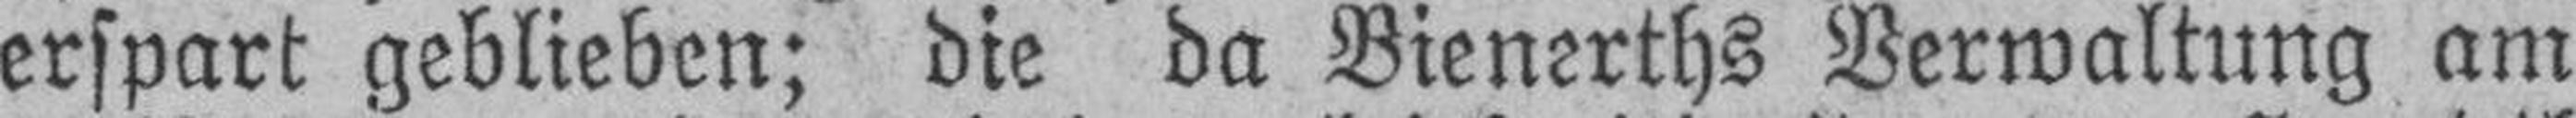
erspart geblieben; die da Bienerths Verwaltung am